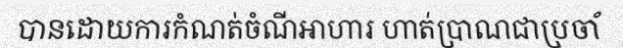
បានដោយការកំណត់ចំណីអាហារ ហាត់ប្រាណជាប្រចាំ